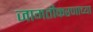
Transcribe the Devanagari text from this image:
जागतीकरणाच्या